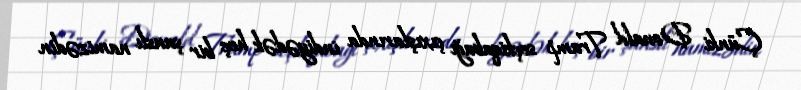
Çünki Donald Tramp seçkiqabağı çıxışlarında indiyədək heç bir şanslı namizədin